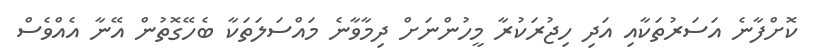
ކޮށްފާނެ އަސަރުތަކާއި އަދި ހިޖުރަކުރާ މީހުންނަށް ދިމާވާނެ މައްސަލަތަކާ ބެހޭގޮތުން އޭނާ އެއްވެސް